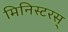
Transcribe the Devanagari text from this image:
मिनिस्टरस्